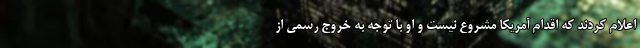
اعلام کردند که اقدام آمریکا مشروع نیست و او با توجه به خروج رسمی از